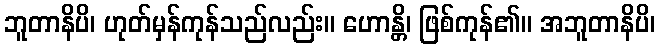
ဘူတာနိပိ၊ ဟုတ်မှန်ကုန်သည်လည်း။ ဟောန္တိ၊ ဖြစ်ကုန်၏။ အဘူတာနိပိ၊